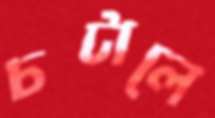
চটালে